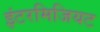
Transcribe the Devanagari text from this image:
इंटरमिजियट